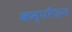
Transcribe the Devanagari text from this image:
कम्परैशन